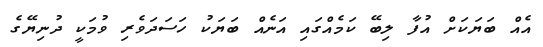
އެއް ބަޔަކަށް އުފާ ލިބޭ ކަމެއްގައި އަނެއް ބަޔަކު ހަސަދަވެރި ވުމަކީ ދުނިޔޭގެ